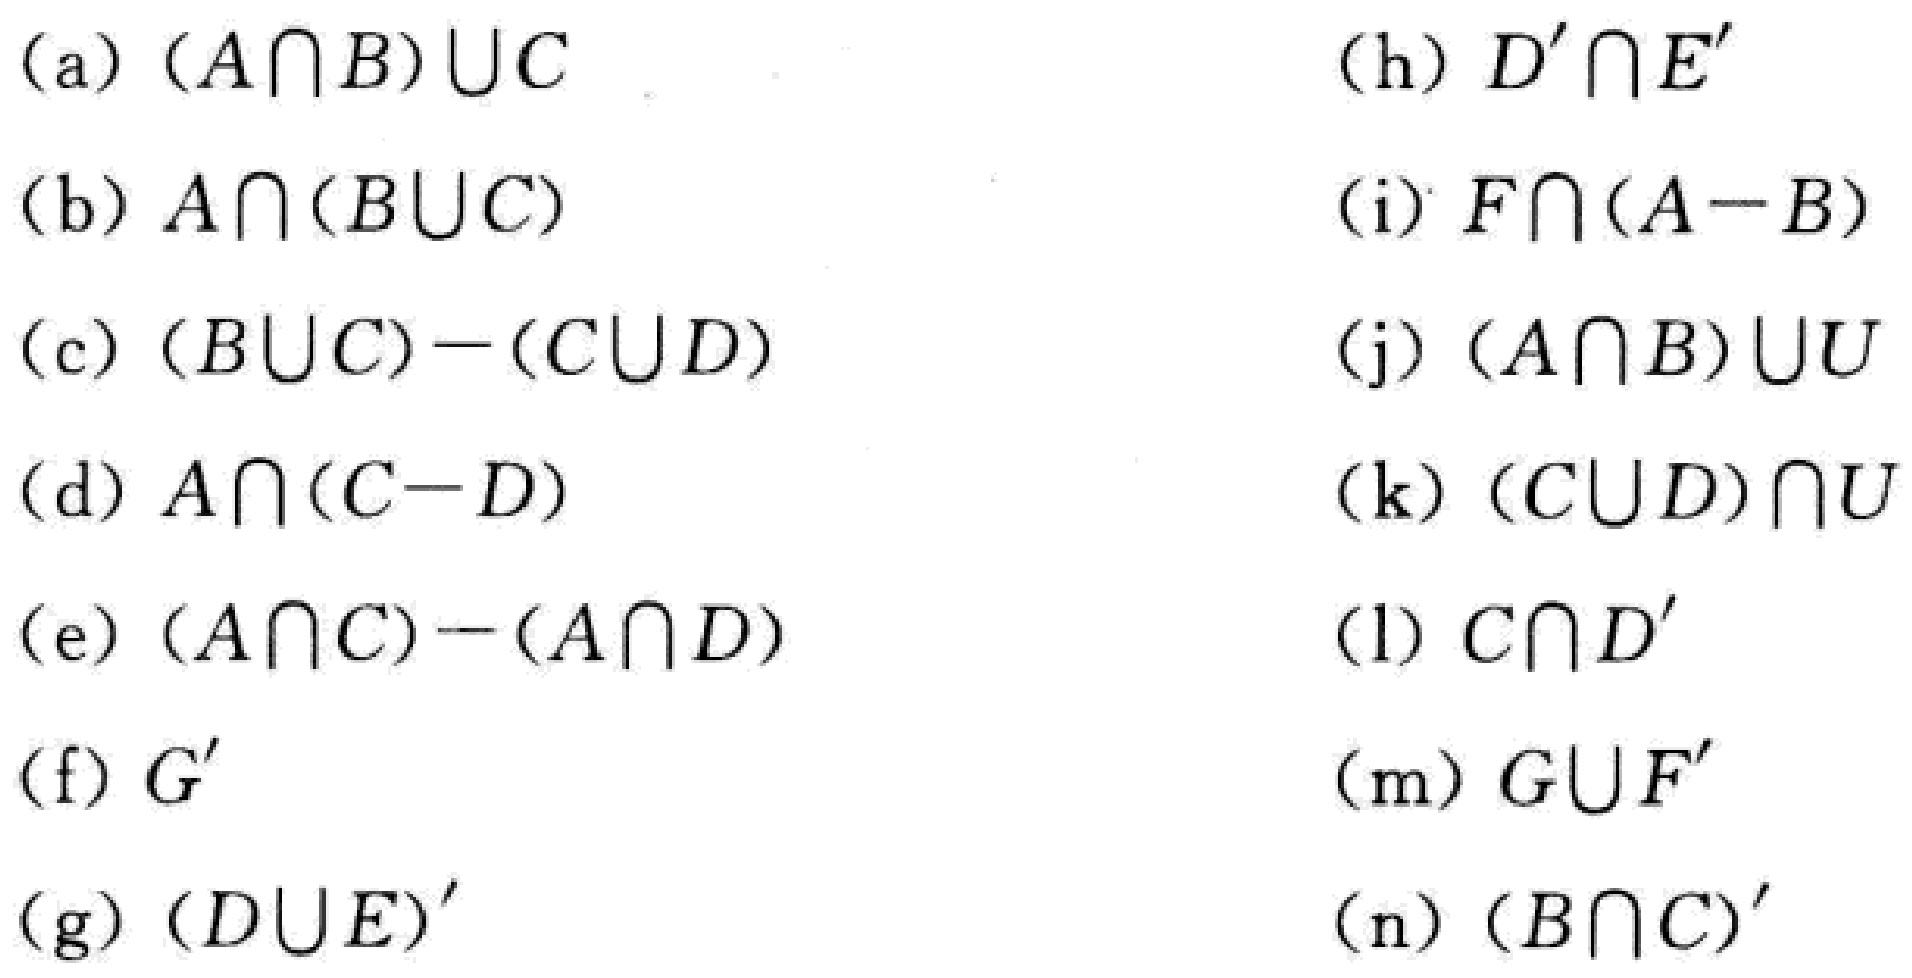
(a) $(A\cap B)\cup C$

(b) $A\cap (B\cup C)$

(c) $(B\cup C)-(C\cup D)$

(d) $A\cap (C - D)$

(e) $(A\cap C)-(A\cap D)$

(f) $G'$

(g) $(D\cup E)'$

(h) $D'\cap E'$

(i) $F\cap (A - B)$

(j) $(A\cap B)\cup U$

(k) $(C\cup D)\cap U$

(l) $C\cap D'$

(m) $G\cup F'$

(n) $(B\cap C)'$